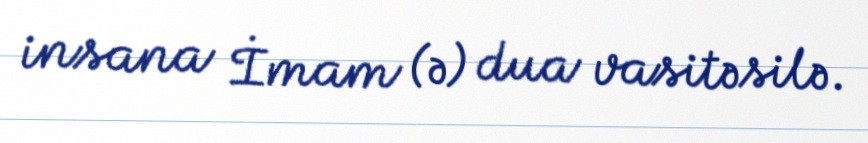
insana İmam (ə) dua vasitəsilə.